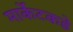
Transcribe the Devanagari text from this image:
मार्केटकडे